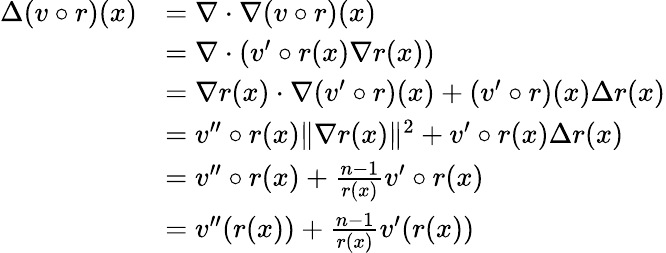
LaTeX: \begin{array}{rl}{\Delta(v\circ r)(x)}&{=\nabla\cdot\nabla(v\circ r)(x)}\\ &{=\nabla\cdot\left(v^{\prime}\circ r(x)\nabla r(x)\right)}\\ &{=\nabla r(x)\cdot\nabla(v^{\prime}\circ r)(x)+(v^{\prime}\circ r)(x)\Delta r(x)}\\ &{=v^{\prime\prime}\circ r(x)\| \nabla r(x)\| ^{2}+v^{\prime}\circ r(x)\Delta r(x)}\\ &{=v^{\prime\prime}\circ r(x)+\frac{n-1}{r(x)}v^{\prime}\circ r(x)}\\ &{=v^{\prime\prime}(r(x))+\frac{n-1}{r(x)}v^{\prime}(r(x))}\end{array}